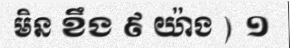
មិន ខឹង ៩ យ៉ាង ) ១